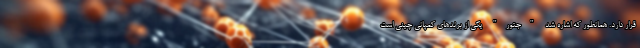
قرار دارد. همانطور که اشاره شد "جتور" یکی از برندهای کمپانی چینی است